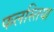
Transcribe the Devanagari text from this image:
फलस्तिया